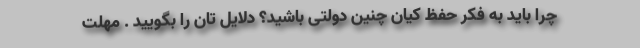
چرا باید به فکر حفظ کیان چنین دولتی باشید؟ دلایل تان را بگویید . مهلت